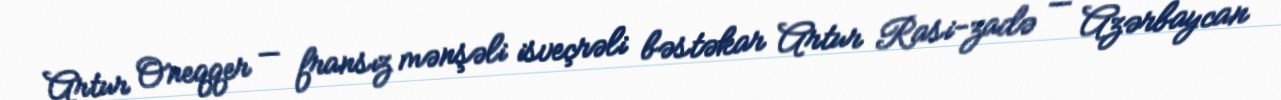
Artur Oneqqer — fransız mənşəli isveçrəli bəstəkar Artur Rasi-zadə — Azərbaycan